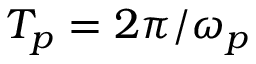
T _ { p } = 2 \pi / \omega _ { p }